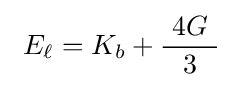
\ E_{\ell }=K_{b}+{\frac {\ 4G\ }{3}}\